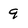
Character: 9